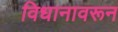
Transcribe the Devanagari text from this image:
विधानावरून